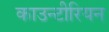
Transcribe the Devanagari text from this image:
काउन्टीरियन